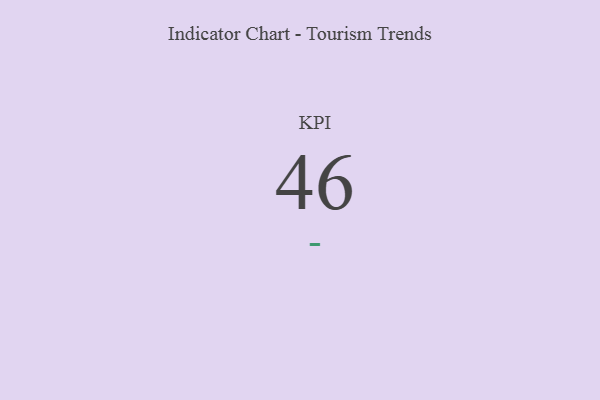
{"axis": {"x": "KPI", "y": "Value"}, "legend": [""], "data": [{"x": "KPI", "y": 46, "type": ""}]}